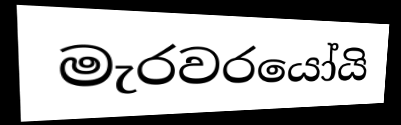
මැරවරයෝයි